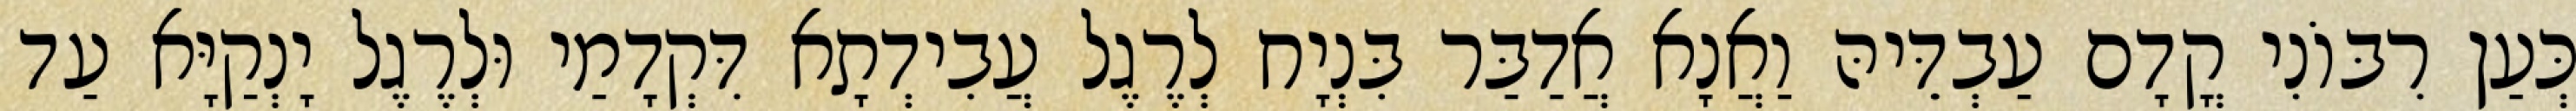
כְּעַן רִבּוֹנִי קֳדָם עַבְדֵּיהּ וַאֲנָא אֲדַבַּר בִּנְיָח לְרֶגֶל עֲבִידְתָא דִּקְדָמַי וּלְרֶגֶל יָנְקַיָּא עַד